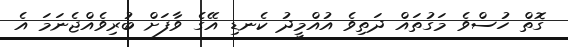
ގޮތް ހުސްވެ މަގުތައް ދަތިވެ އުއްމީދު ކެނޑި އޭގެ ވާފަށް ބުރިވެއްޖެނަމަ އެ